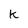
Character: k